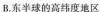
B.东半球的高纬度地区